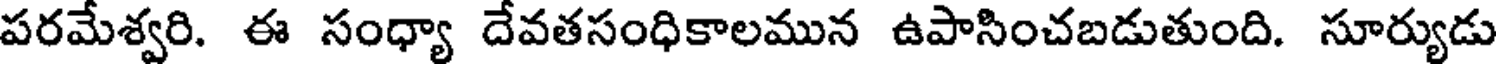
పరమేశ్వరి. ఈ సంధ్యా దేవతసంధికాలమున ఉపాసించబడుతుంది. సూర్యుడు